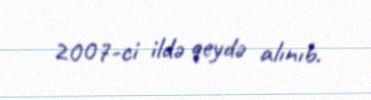
2007-ci ildə qeydə alınıb.